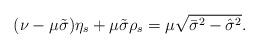
LaTeX: \begin{align*} (\nu-\mu\tilde\sigma)\eta_s+\mu\tilde\sigma\rho_s=\mu\sqrt{\bar\sigma^2-\hat\sigma^2}.\end{align*}